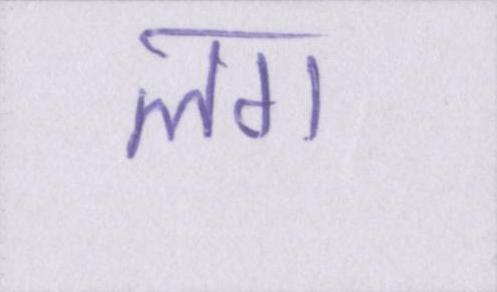
लग